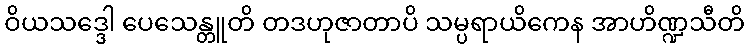
ဝိယသဒ္ဒေါ ပေသေန္တူတိ တဒဟုဇာတာပိ သမ္ပရာယိကေန အာဟိဏ္ဍသီတိ